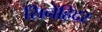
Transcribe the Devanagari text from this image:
सिनेहिदर